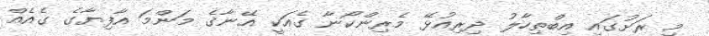
މި ރަށުގައި އިބްތިހާލު ދިރިއުޅޭ މެރިންކޯނާ ގެއަކީ އޭނާގެ މަންމަ އާފިޔާގެ ގެއެއް